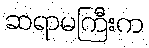
ဆရာမကြီးက